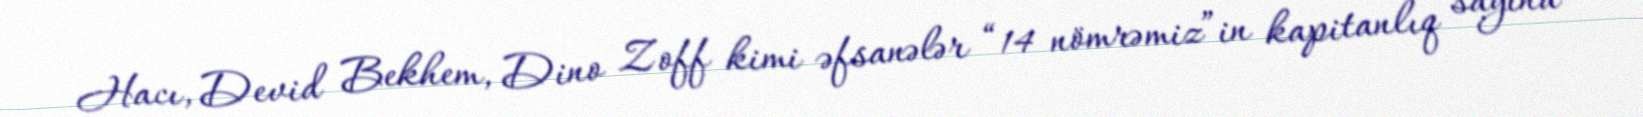
Hacı, Devid Bekhem, Dino Zoff kimi əfsanələr “14 nömrəmiz”in kapitanlıq sayına